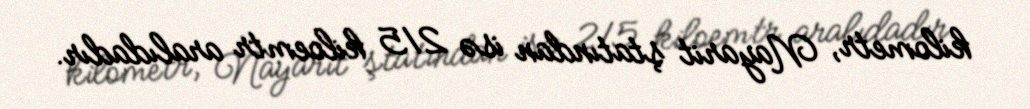
kilometr, Nayarit ştatından isə 215 kiloemtr aralıdadır.